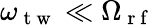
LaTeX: \omega_{\mathrm{~t~w~}}\ll\Omega_{\mathrm{~r~f~}}